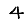
Digit: 4